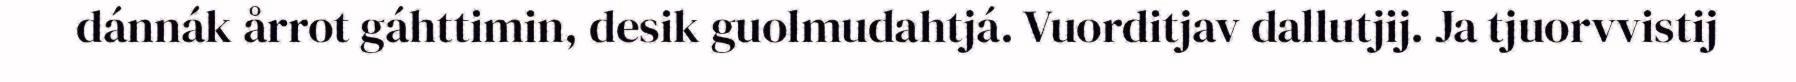
dánnák årrot gáhttimin, desik guolmudahtjá. Vuorditjav dallutjij. Ja tjuorvvistij